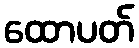
ထောပတ်